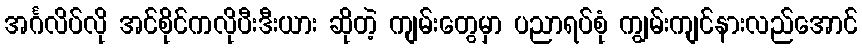
အင်္ဂလိပ်လို အင်စိုင်ကလိုပီးဒီးယား ဆိုတဲ့ ကျမ်းတွေမှာ ပညာရပ်စုံ ကျွမ်းကျင်နားလည်အောင်